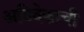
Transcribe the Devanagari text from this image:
अविवेकाची